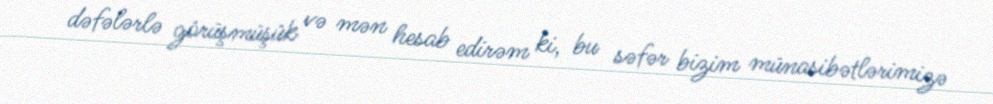
dəfələrlə görüşmüşük və mən hesab edirəm ki, bu səfər bizim münasibətlərimizə